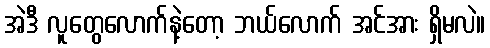
အဲဒီ လူတွေလောက်နဲ့တော့ ဘယ်လောက် အင်အား ရှိမလဲ။